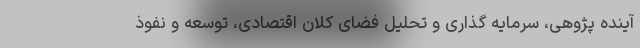
آینده پژوهی، سرمایه گذاری و تحلیل فضای کلان اقتصادی، توسعه و نفوذ